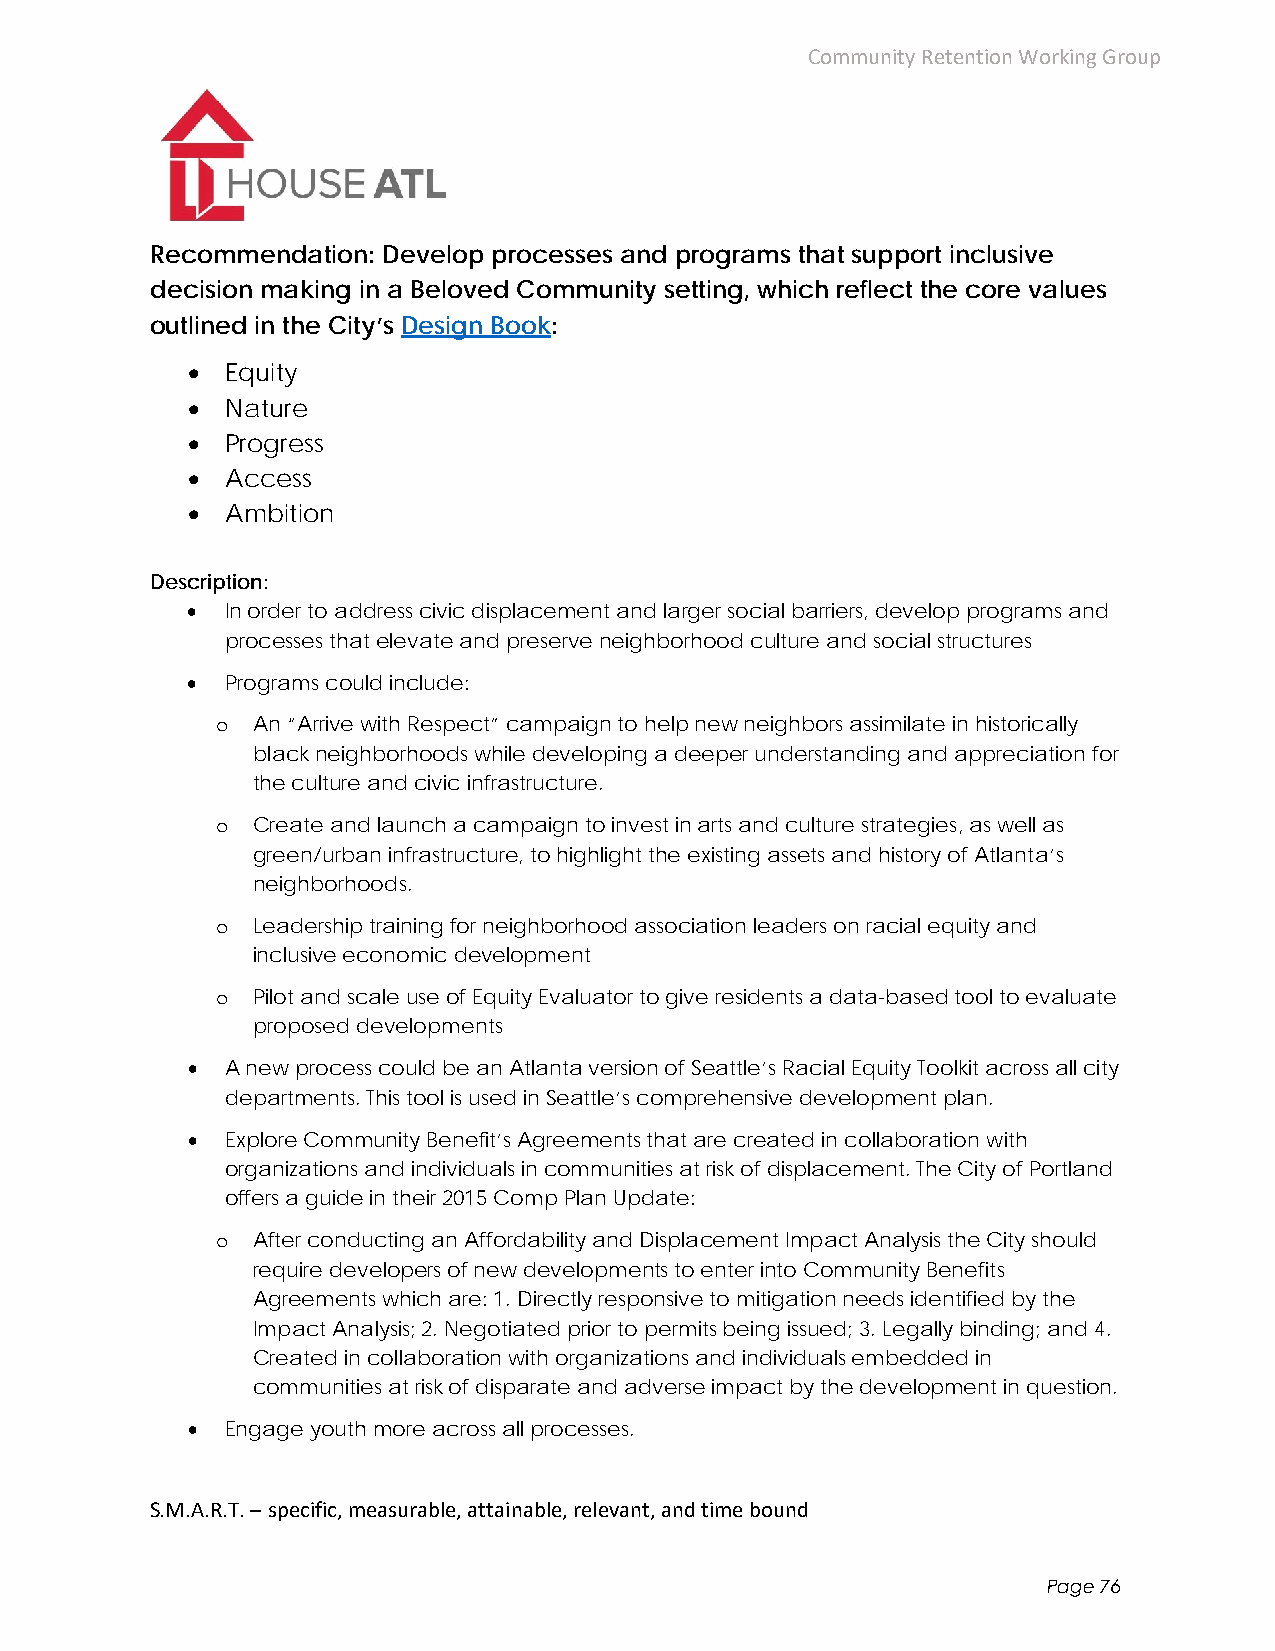
Community Retention Working Group
 Recommendation: Develop processes and programs that support inclusive
 decision making in a Beloved Community setting, which reflect the core values
 outlined in the City’s Design Book:
   Equity
   Nature
   Progress
   Access
   Ambition
 Description:
   In order to address civic displacement and larger social barriers, develop programs and
 processes that elevate and preserve neighborhood culture and social structures
   Programs could include:
 o  An “Arrive with Respect” campaign to help new neighbors assimilate in historically
 black neighborhoods while developing a deeper understanding and appreciation for
 the culture and civic infrastructure.
 o  Create and launch a campaign to invest in arts and culture strategies, as well as
 green/urban infrastructure, to highlight the existing assets and history of Atlanta’s
 neighborhoods.
 o  Leadership training for neighborhood association leaders on racial equity and
 inclusive economic development
 o  Pilot and scale use of Equity Evaluator to give residents a data-based tool to evaluate
 proposed developments
   A new process could be an Atlanta version of Seattle’s Racial Equity Toolkit across all city
 departments. This tool is used in Seattle’s comprehensive development plan.
   Explore Community Benefit’s Agreements that are created in collaboration with
 organizations and individuals in communities at risk of displacement. The City of Portland
 offers a guide in their 2015 Comp Plan Update:
 o  After conducting an Affordability and Displacement Impact Analysis the City should
 require developers of new developments to enter into Community Benefits
 Agreements which are: 1. Directly responsive to mitigation needs identified by the
 Impact Analysis; 2. Negotiated prior to permits being issued; 3. Legally binding; and 4.
 Created in collaboration with organizations and individuals embedded in
 communities at risk of disparate and adverse impact by the development in question.
   Engage youth more across all processes.
 S.M.A.R.T. – specific, measurable, attainable, relevant, and time bound
 Page 76